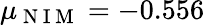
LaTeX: \mu_{\mathrm{~N~I~M~}}=-0.556